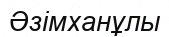
Әзімханұлы